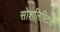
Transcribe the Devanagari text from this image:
सोशलिस्टिक